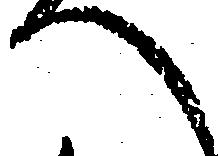
へ